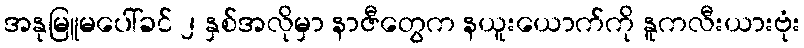
အနုမြူမပေါ်ခင် ၂ နှစ်အလိုမှာ နာဇီတွေက နယူးယောက်ကို နူကလီးယားဗုံး